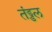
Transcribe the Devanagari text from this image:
तंड्डल